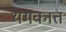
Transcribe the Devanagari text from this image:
यमकात